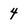
Character: 4